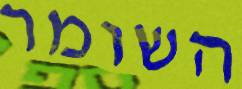
השומר